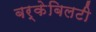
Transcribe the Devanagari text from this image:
बर्केबिलटी